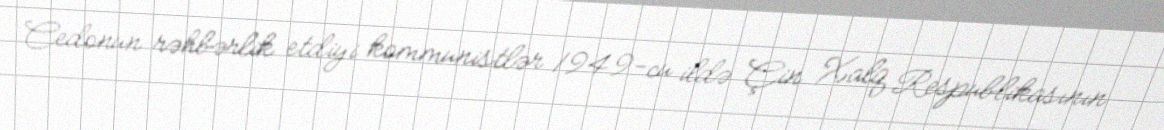
Cedonun rəhbərlik etdiyi kommunistlər 1949-cu ildə Çin Xalq Respublikasının